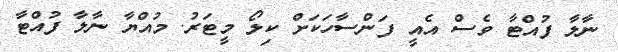
ނާލާ ފުއްޓާ ވެސް އެއީ ފަންސާހަކަށް ކިލޯ މީޓަރު. މުއްޔާ ނާލާ ފުއްޓާ